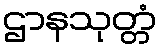
ဌာနသုတ္တံ